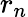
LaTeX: r_{n}